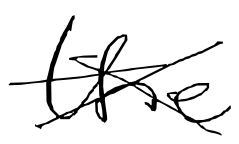
Text: the
Cross-out: cross
Writing tool: digital_black